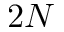
2 N